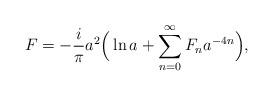
LaTeX: \begin{align*}F = - \frac{i}{\pi} a^2\Big(\ln a+ \sum\limits_{n=0}^\infty F_n a^{-4n}\Big),\end{align*}